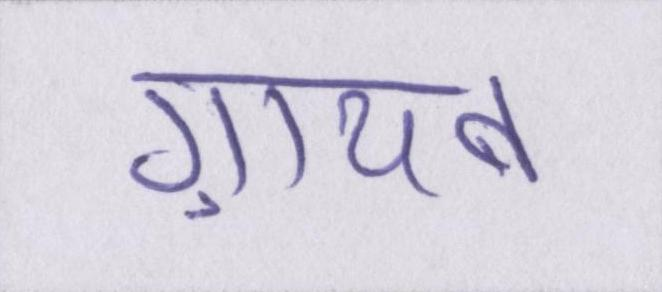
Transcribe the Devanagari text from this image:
ग़ायब